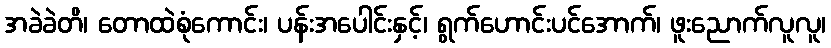
အခဲခဲတိ၊ တောထဲစုံကောင်း၊ ပန်းအပေါင်းနှင့်၊ ရွက်ဟောင်းပင်အောက်၊ ဖူးညောက်လူလူ၊